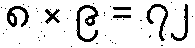
၈ × ၉ = ၇၂